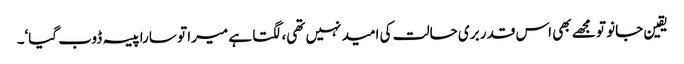
یقین جانو تو مجھے بھی اس قدر بری حالت کی امید نہیں تھی، لگتا ہے میرا تو سارا پیسہ ڈوب گیا‘۔